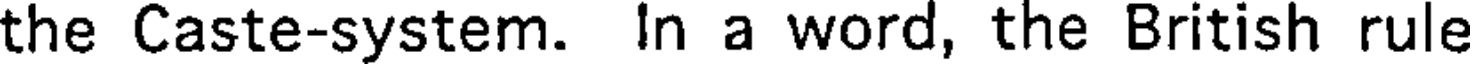
the Caste-system. In a word, the British rule